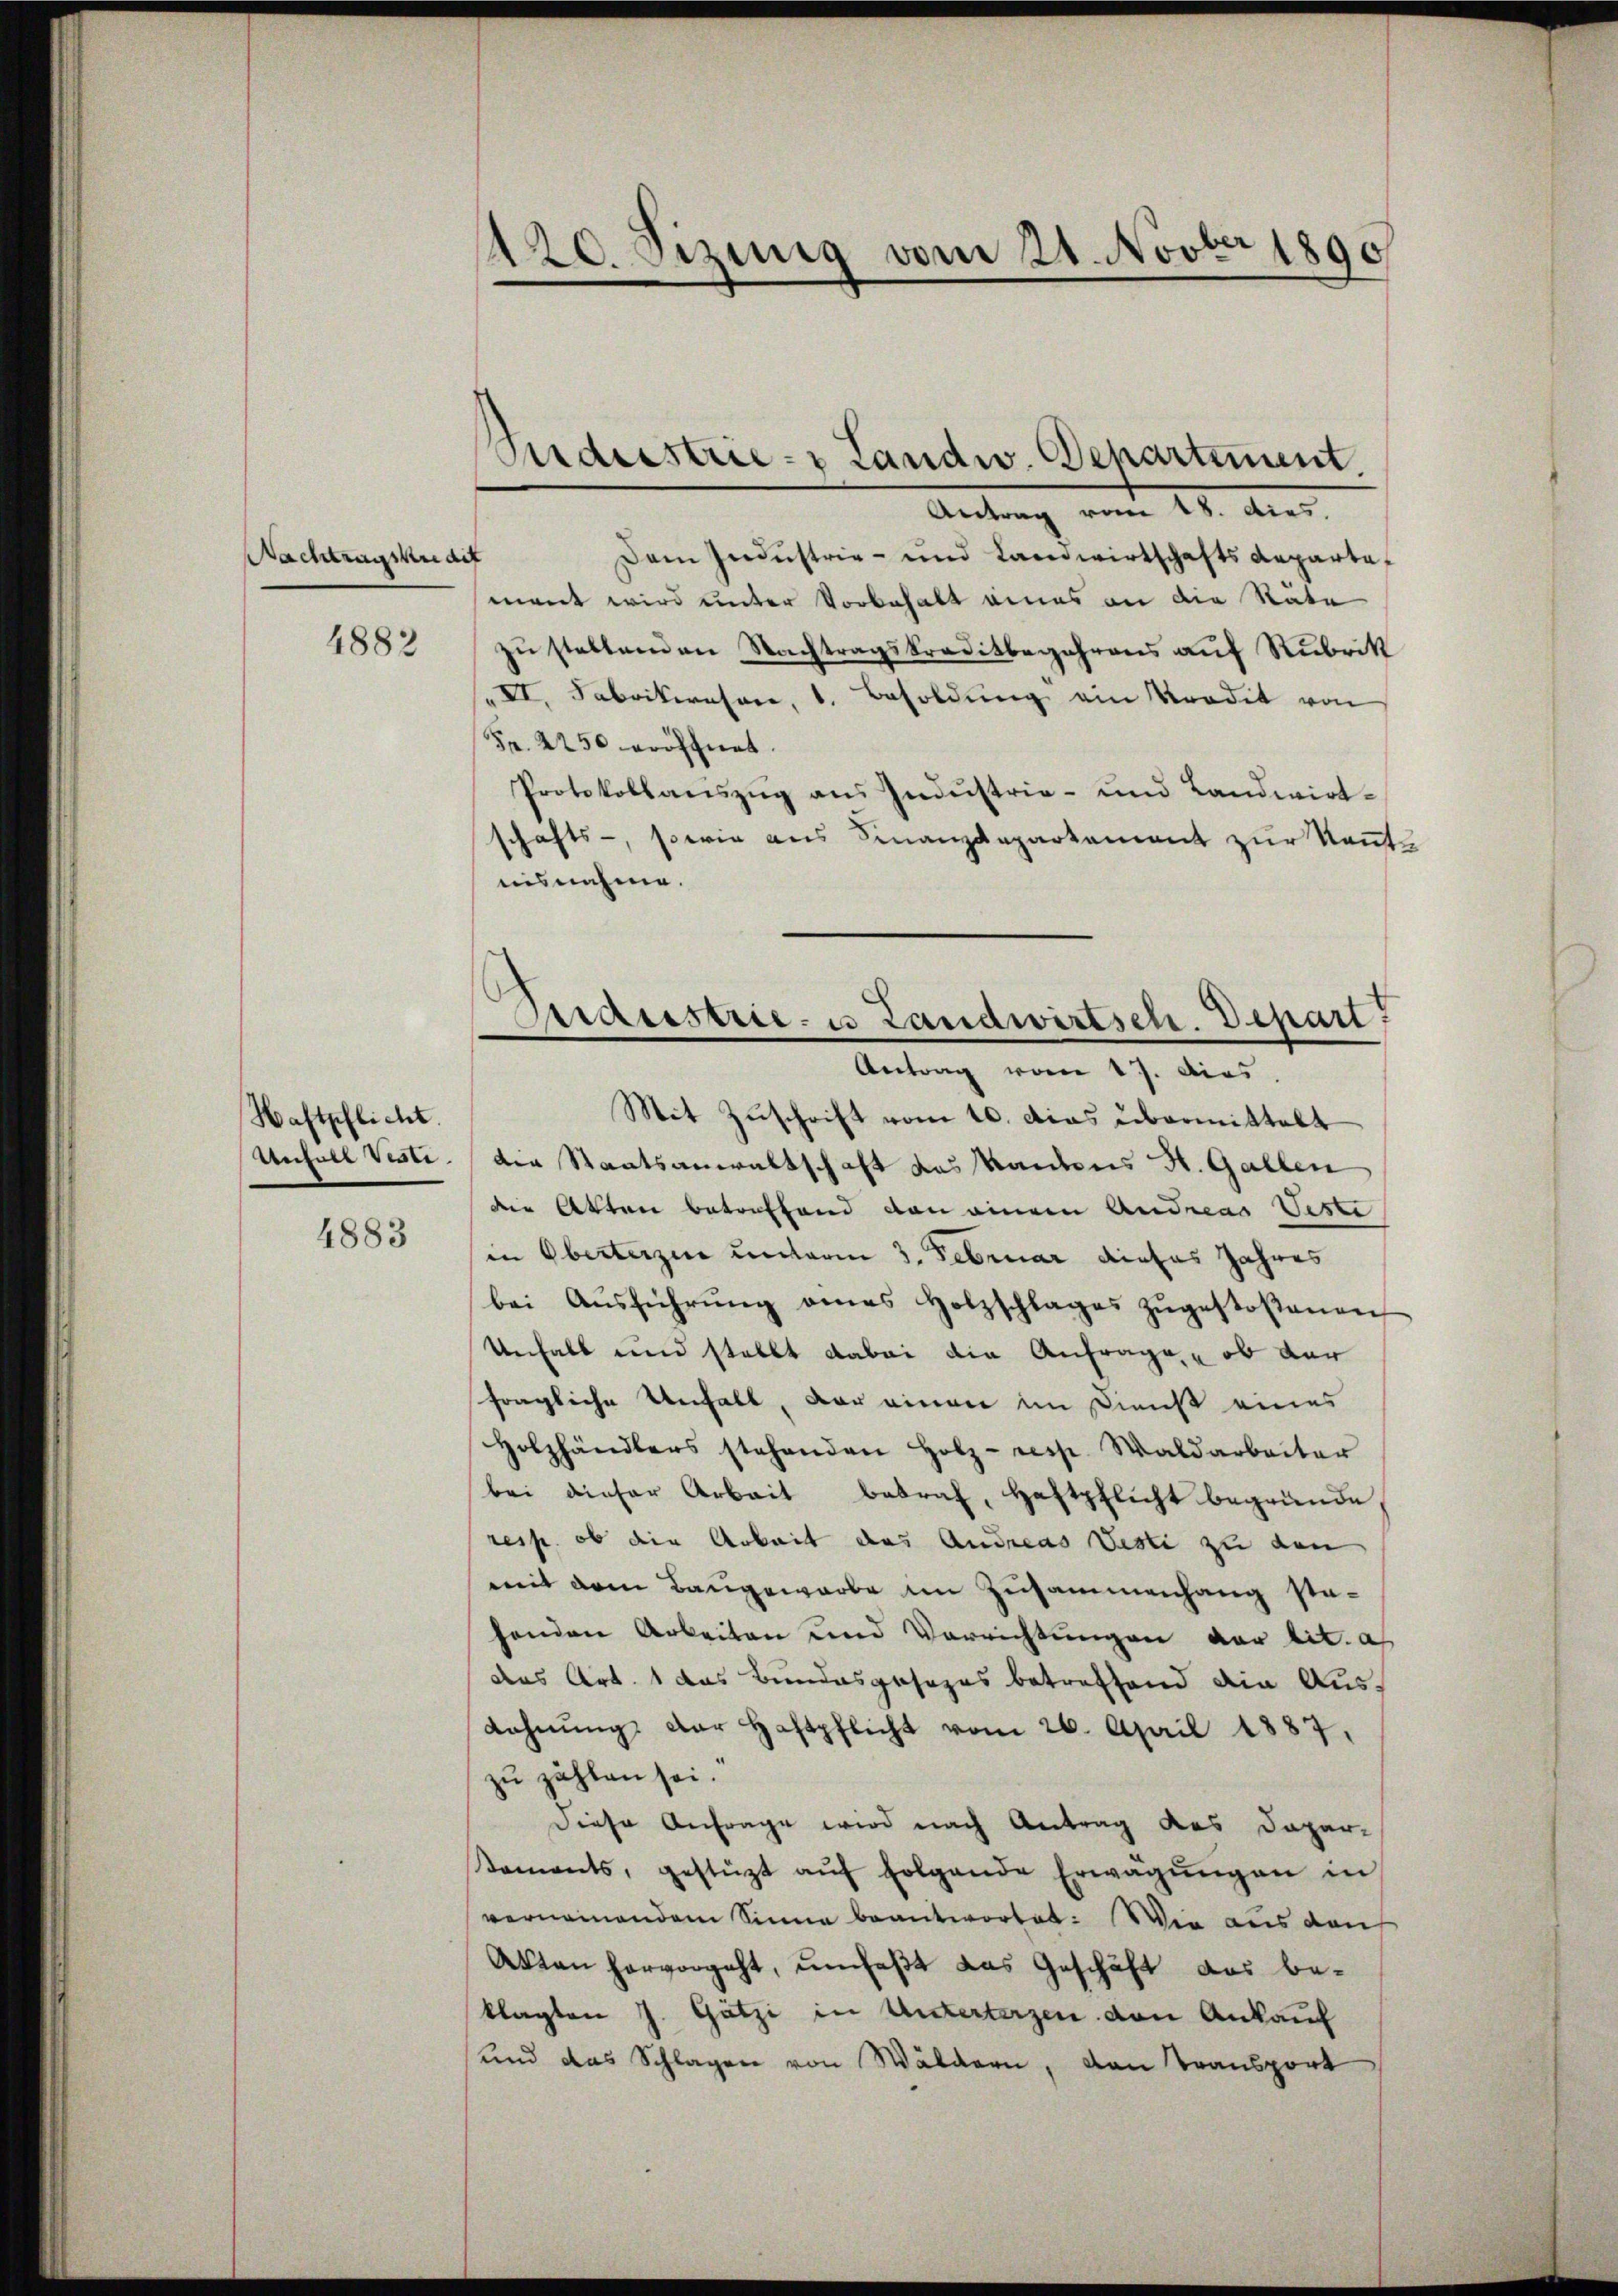
Nachtragskredit

4882

Haftpflicht.
Anfall Vesti

4883

120. Jezing vom 21. Novber 1890

Antrag vom 18. dies.
Dem Industrie- und Landwirtschafts Reparte
mant wird unter Vorbehalt eines an die Stäte
zu stattenden Nachtragskreditbegehrens auf Rubrik
" XI. Fabrikwesen, 1. Besoldung am Kredit von
Fr. 2250 eröffnet.
Protokollanszŭg ans Indŭstrie- und Landwirt-
schafts-, sowie ans Finanzdepartement zŭr Keṅt
uisnahme.
Mit Zuschrift vom 10. Das übermittelt
der Staatsanwaltschaft des Kantons H. Gallen
die Akten betreffend von einem Andreas Veste
in Oberterzen unterm 3. Februar dieses Jahres
bei Aŭsführŭng eines Holzschlages zŭgestoßenen
Unhalt und stellt dabei die Anfrage, ob der
fragliche Unfall, vor einen im Dienst eines
Holzhändlers stehenden Holz- resp. Waldarbeiter
bei dieser Arbeit betraf, Haftpflicht begründe,
resp. ob die Arbeit das Andreas Vesti zu den
mit dem Baugewarbe im Zusammenhang sta-
henden Arbeiten und Verrichtungen der lit. a
das Art. 1 das Bundesgesezes betreffend die Aus¬
Lahnŭng der Haftpflicht vom 26. April 1887.
zu zählen sei.
Diese Anfrage wird nach Antrag des Dapar-
Kaments, gestüzt aŭf folgende Erwägŭngen in
vernommendem Sinne beantwortet: Wie aus den
Akten hervorgeht, umfaßt das Geschäft aus beklagten J. Gätzi in Unterterzen von Ankauf
und das Splügen von Wäldern, von Transport

Srdeestrie- Landw. Departiment.

Maustrie- u Landwirtsch. Depart
Antrag vom 17. Dies